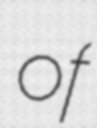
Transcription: of